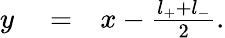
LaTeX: \begin{array}{rlr}{y}&{{}=}&{x-\frac{l_{+}+l_{-}}{2}.}\end{array}